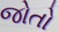
જોતો